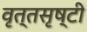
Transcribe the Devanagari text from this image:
वृत्तसृष्टी